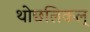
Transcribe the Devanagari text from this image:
थोछलिकल्